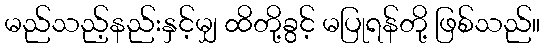
မည်သည့်နည်းနှင့်မျှ ထိတို့ခွင့် မပြုရန်တို့ ဖြစ်သည်။